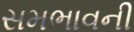
સમભાવની